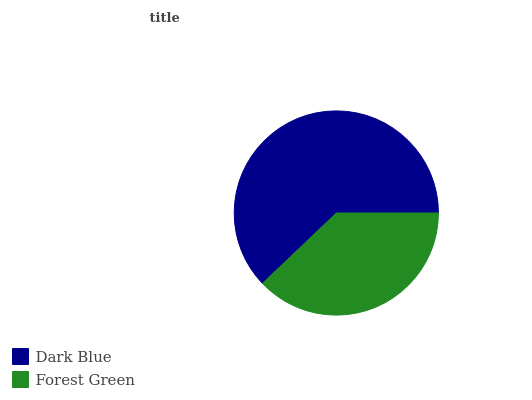
| Dark Blue | Forest Green |
 | --- | --- |
 | 62.1% | 37.9% |